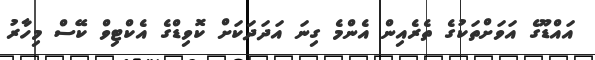
އައްޑޫގެ އަވަށްތަކުގެ ތެރެއިން އެންމެ ގިނަ އަދަދަކަށް ކޮވިޑްގެ އެކްޓިވް ކޭސް މިހާރު